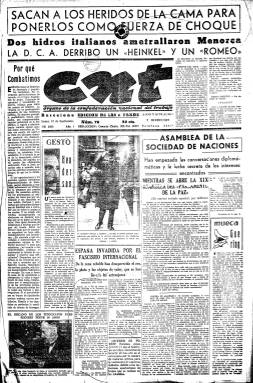
Título: CNT (Barcelona)
Colección: Guerra civil || Periódicos || Anarquismo
Ámbito geográfico: Barcelona
Lugar de publicación: Barcelona
Fechas: 12/09/1938-19/01/1939

Diario que, como “órgano” de la Confederación Nacional del Trabajo (CNT), se publica en Barcelona desde el 31 de mayo de 1938 al 23 de enero de 1939, hasta tres días antes de la entrada en esa ciudad de las tropas marroquíes del ejército nacional. Estuvo dirigido por un histórico anarquista y miembro de la FAI (Federación Anarquista Ibérica), el gijonés Acracio Bartolomé Díaz (1901-1978), quien al estallar la guerra civil ya había dirigido en Gijón el Comité de Control de Prensa e Imprenta, dependiente del anarquista Sindicato de Artes Gráficas, y dirigido también en esa ciudad asturiana el periódico con igual título –CNT (1937)– hasta el día de su ocupación, así mismo, por las tropas franquistas.

Se trata de un periódico de cuatro páginas, compuestas a siete columnas, que tuvo su redacción en el número 202 del Consejo del Ciento, de una ciudad en la que se editaba también el histórico portavoz de la prensa anarquista española: Solidaridad obrera (1904-1939). Acracio Bartolomé era en ese año 1938 miembro del comité nacional de la CNT, y dentro del movimiento anarcosindicalista, fue partidario de la “militarización” durante la guerra y del acercamiento a los socialistas, y el diario que ahora dirige indicará bajo su título el momento de aparición: “edición de la tarde”, “edición de las cinco de la tarde” o “edición de las seis de la tarde”.

Publica editoriales y artículos. Tiene columnas fijas bajo los epígrafes Gesto, Mueca o París, un minuto. Estructura sus páginas interiores; la segunda, para la Información general, en la que incluye la subsección Lo que ocurre en Barcelona, así como otras noticias locales, las de Deportes o la cartelera de espectáculos, reseñas teatrales y culturales; además de otras noticias, preferentemente de Valencia y Madrid, así como la sección Carnet del militante. La tercera plana la dedica a la Información exterior, con noticias de Europa. Así mismo, publica partes de guerra y comunicados de las organizaciones sindicales, especialmente de las anarquistas, e inserta alguna publicidad comercial.

Es un periódico con un buen número de fotograbados de actualidad, humor gráfico y retratos. Felipe Aláiz (1887-1959) es el autor de una sección que titula Mapamundi, que generalmente inserta en su cuarta y última plana. También aparece una serie de textos bajo la firma del geógrafo Gonzalo de Reparaz (1901-1984), bajo el epígrafe Al correr de la máquina, y otros colaboradores son el también periodista anarquista Jacinto Toryho (1911-1989), quien entre 1936 y 1938 fue director de Solidaridad obrera; así como otra histórica anarcosindicalista como Federica Montseny (1905-1978). De Pepe García, como corresponsal de guerra de CNT, aparecen unas crónicas que titula Por esos frentes; y algunas de Eusebio C. Carbi, como enviado especial a Ginebra.

Elaborado con oficio, diseñado con un formato de vespertino y el uso de itálicas en caja baja para su cabecera y títulos de columnas, la colección de este diario barcelonés en la Biblioteca Nacional de España va del 12 de septiembre de 1938 (número 78) al 19 de enero de 1939 (número 185), aunque no está completo dicho periodo. En Madrid también se editó con el mismo título –CNT– otro diario, desde 1932 a 1939.